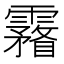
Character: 霿